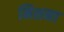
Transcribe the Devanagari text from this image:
मिशना